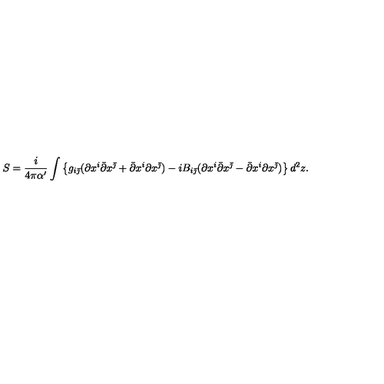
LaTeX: S = \frac i { 4 \pi \alpha ^ { \prime } } \int \left\{ g _ { i \bar { \jmath } } ( \partial x ^ { i } \bar { \partial } x ^ { \bar { \jmath } } + \bar { \partial } x ^ { i } \partial x ^ { \bar { \jmath } } ) - i B _ { i \bar { \jmath } } ( \partial x ^ { i } \bar { \partial } x ^ { \bar { \jmath } } - \bar { \partial } x ^ { i } \partial x ^ { \bar { \jmath } } ) \right\} d ^ { 2 } z .